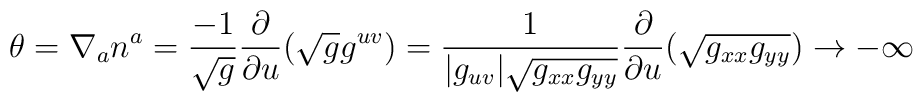
\theta = \nabla_a n^a = {- 1 \over \sqrt{g}} {\partial \over \partial u} {(\sqrt{g} g^{uv})} ={1 \over |g_{uv}|\sqrt{g_{xx} g_{yy}}} {\partial \over \partial u} {(\sqrt{g_{xx} g_{yy}})} \to - \infty